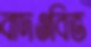
বাদওবিভ